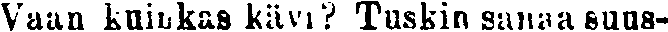
Vaan kuinkas kävi? Tuskin sanaa suus-